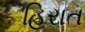
હિરાત